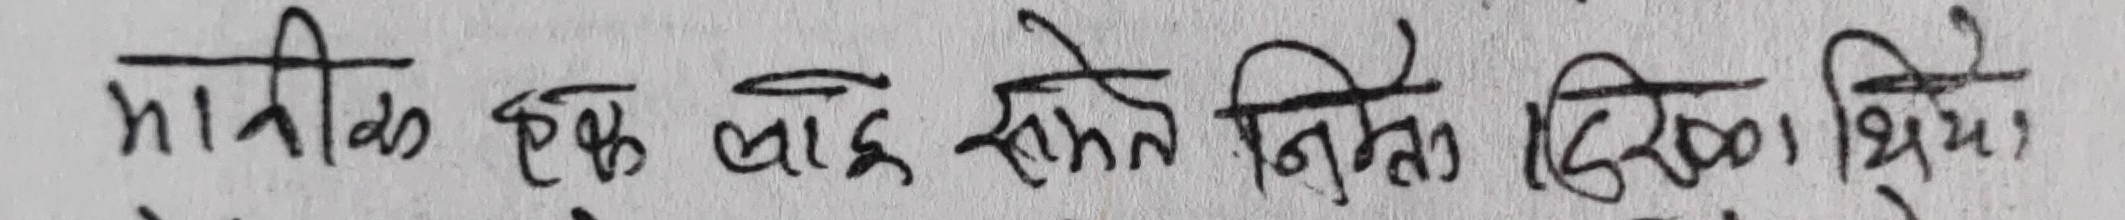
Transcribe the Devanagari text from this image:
मानिक एक बाह्र सोमते निस्ता दिइको थियो।